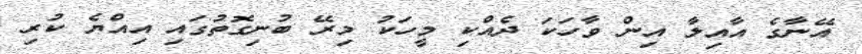
އޭނާގެ އާއިލާ އިން ވާހަކަ ދެއްކި މީހަކު މިރޭ ބުނިގޮތުގައި އިއްޔެ ކުރި